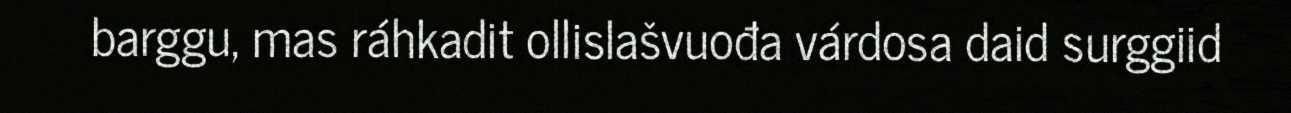
barggu, mas ráhkadit ollislašvuođa várdosa daid surggiid